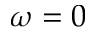
\omega = 0